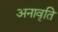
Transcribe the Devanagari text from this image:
अनावृति